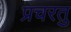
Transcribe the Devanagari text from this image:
प्रचरतु